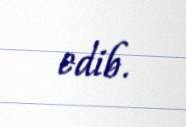
edib.